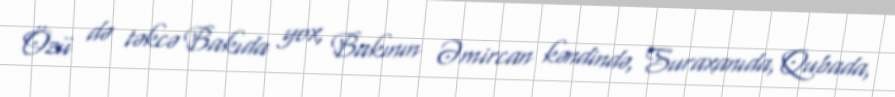
Özü də təkcə Bakıda yox, Bakının Əmircan kəndində, Suraxanıda, Qubada,